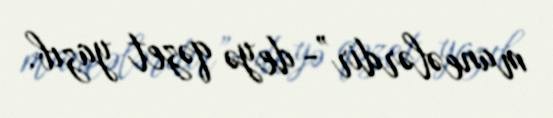
maneələrdir”- deyə qəzet yazıb.